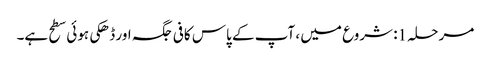
مرحلہ 1: شروع میں ، آپ کے پاس کافی جگہ اور ڈھکی ہوئی سطح ہے۔